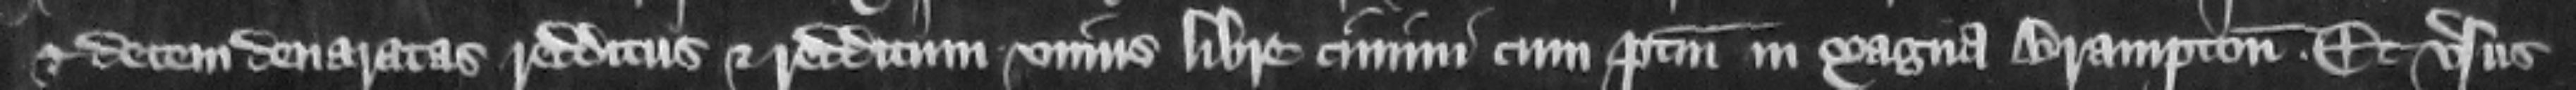
et decem denaratas reddilus et redditum vnius libre cimini cum pertinenciis in Magna Brampton et versus